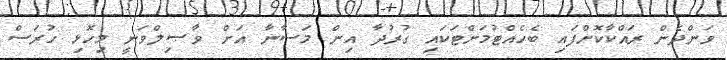
ވަންދެން ރައްކާކޮށްފައި ބެހެއްޓުމަށްޓަކައި ގުރުދާ އިން މަސާނާ އަށް ވާޞިލްވަނީ މިހޮޅި ހުރަސް